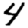
Digit: 4